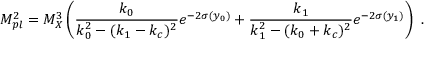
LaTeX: M _ { p l } ^ { 2 } = { M _ { X } ^ { 3 } } \left( { \frac { k _ { 0 } } { \displaystyle { k _ { 0 } ^ { 2 } - ( k _ { 1 } - k _ { c } ) ^ { 2 } } } } e ^ { - 2 \sigma ( y _ { 0 } ) } + { \frac { k _ { 1 } } { \displaystyle { k _ { 1 } ^ { 2 } - ( k _ { 0 } + k _ { c } ) ^ { 2 } } } } e ^ { - 2 \sigma ( y _ { 1 } ) } \right) ~ . ~ \,